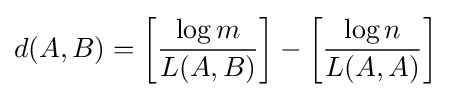
d(A,B)=\left[{\frac {\log m}{L(A,B)}}\right]-\left[{\frac {\log n}{L(A,A)}}\right]